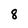
Character: 8